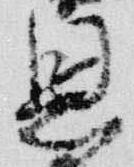
恩